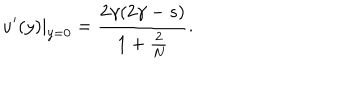
u ^ { \prime } ( y ) { | _ { y = 0 } } = \frac { 2 \gamma ( 2 \gamma - s ) } { 1 + \frac { 2 } { N } } .